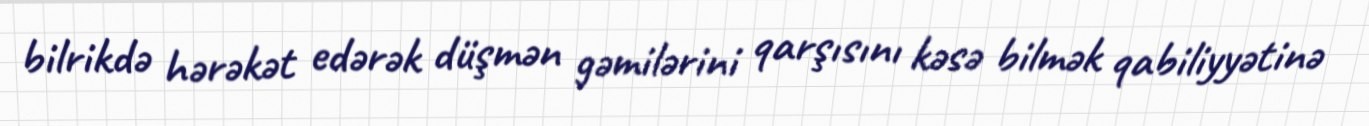
bilrikdə hərəkət edərək düşmən gəmilərini qarşısını kəsə bilmək qabiliyyətinə